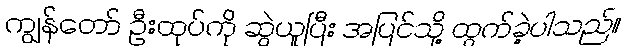
ကျွန်တော် ဦးထုပ်ကို ဆွဲယူပြီး အပြင်သို့ ထွက်ခဲ့ပါသည်။